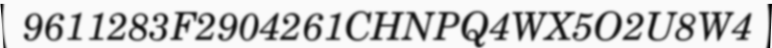
9611283F2904261CHNPQ4WX5O2U8W4